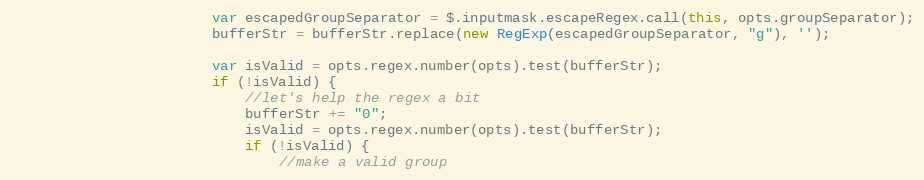
Language: JavaScript
                        var escapedGroupSeparator = $.inputmask.escapeRegex.call(this, opts.groupSeparator);
                        bufferStr = bufferStr.replace(new RegExp(escapedGroupSeparator, "g"), '');

                        var isValid = opts.regex.number(opts).test(bufferStr);
                        if (!isValid) {
                            //let's help the regex a bit
                            bufferStr += "0";
                            isValid = opts.regex.number(opts).test(bufferStr);
                            if (!isValid) {
                                //make a valid group